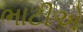
ભાટીએ